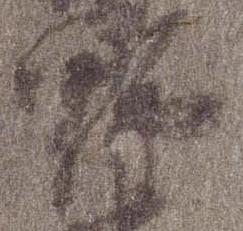
野